Vaccination in Bombay 1874-1876 - 1874-1876
Year: 1874
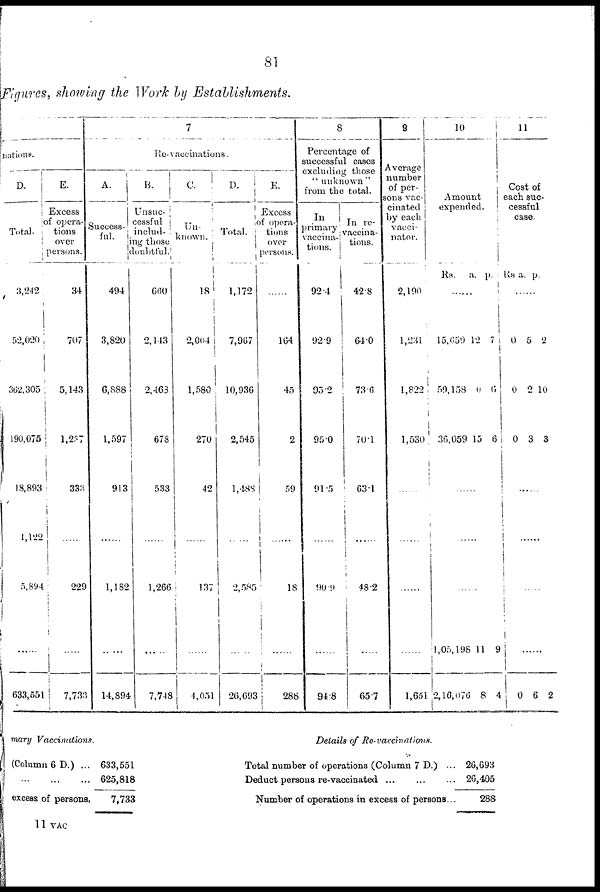
81
Figures, showing the Work by Establishments.
nations.
D.
Total.
3,242
52,020
362,305
190,075
18,893
1,122
5,894
.......
633,551
E.
Excess
of opera-
tions
over
persons.
34
707
5,143
1,287
333
.......
229
7,733
7
Re-vaccinations.
A.
Success-
ful.
494
3,820
6,888
1,597
913
.......
1,182
.......
14,894
B.
Unsuc¬
cessful
includ¬
ng those
doubtful.
660
2,143
2,463
678
533
.......
1,266
.......
7,748
C.
Un-
known.
18
2,004
1,580
270
42
137
.......
4,051
D.
Total.
1,172
7,967
10,936
2,545
1,488
.......
2,585
.......
20,693
E.
Excess
of oponi-
tions
over
persons.
8
Percentage of
successful cases
excluding those
" unknown "
from the total.
In
primary
vaccina¬
tions.
In re-
vaccina-
tions.
.......
164
45
2
59
.......
18
.......
288
92.4
92.9
95.2
95.0
91.5
.......
90.9
.......
94.8
42.8
64.0
73.6
70.1
63.1
.......
48.2
.......
65.7
9
Average
number
of per¬
sons vac-
cinated
by each
vacci¬
nator.
2,190
1,231
1,822
1,530
.......
.......
.......
.......
1,651
10
Amount
expended.
Rs.
a. p.
.......
15,659
59,158
36,059
12
0
15
7
6
6
.......
.......
.......
1,05,198
2,16,076
11
8
9
4
11
Cost of
each suc-
cessful
case.
Rs
a.
p.
.......
0
0
0
5
2
3
2
10
3
.......
.......
.......
.......
0
6 2
rnary Vaccinations.
(Column 6 D.) ...
... ... ...
excess of persons.
633,551
625,818
7,733
Details of
Re-vaccinations.
Total number of operations (Column 7 D.) ...
Deduct persons re-vaccinated ... ... ...
Number of operations in excess of persons..
20,693
20,405
288
11 VAC